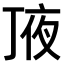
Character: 𠅗